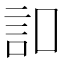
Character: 𧥣